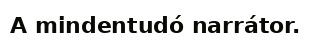
A mindentudó narrátor.